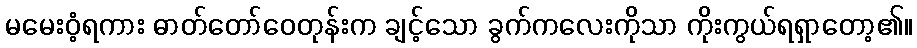
မမေးဝံ့ရကား ဓာတ်တော်ဝေတုန်းက ချင့်သော ခွက်ကလေးကိုသာ ကိုးကွယ်ရရှာတော့၏။